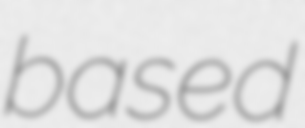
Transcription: based